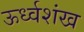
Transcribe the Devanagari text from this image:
ऊर्ध्वशंख